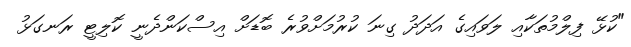
"ކުޅޭ ފިލްމުތަކާއި ލަވައިގެ އަދަދު ގިނަ ކުރުމަށްވުރެ ބޮޑަށް އިސްކަންދެނީ ކޮލިޓީ ރަނގަޅު